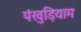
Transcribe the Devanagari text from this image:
पंखुड़ियाम